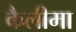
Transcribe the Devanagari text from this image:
कैलीमा